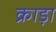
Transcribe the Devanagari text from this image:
क्राड़ा